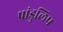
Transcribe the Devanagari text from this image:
पांडुलिप